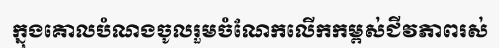
ក្នុងគោលបំណងចូលរួមចំណែកលើកកម្ពស់ជីវភាពរស់